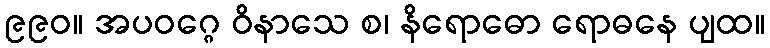
၉၉၀။ အပဝဂ္ဂေ ဝိနာသေ စ၊ နိရောဓော ရောဓနေ ပျထ။